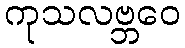
ကုသလဗ္ဘဝေ